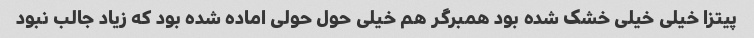
پیتزا خیلی خیلی خشک شده بود همبرگر هم خیلی حول حولی اماده شده بود که زیاد جالب نبود